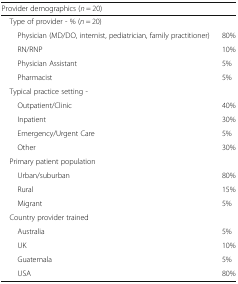
| <COLSPAN=2> Provider demographics (n = 20) |
 | --- | --- |
 | <COLSPAN=2> Type of provider - % (n = 20) |
 | Physician (MD/DO, internist, pediatrician, family practitioner) | 80% |
 | RN/RNP | 10% |
 | Physician Assistant | 5% |
 | Pharmacist | 5% |
 | <COLSPAN=2> Typical practice setting - |
 | Outpatient/Clinic | 40% |
 | Inpatient | 30% |
 | Emergency/Urgent Care | 5% |
 | Other | 30% |
 | <COLSPAN=2> Primary patient population |
 | Urban/suburban | 80% |
 | Rural | 15% |
 | Migrant | 5% |
 | <COLSPAN=2> Country provider trained |
 | Australia | 5% |
 | UK | 10% |
 | Guatemala | 5% |
 | USA | 80% |